Lunatic asylums in Bengal annual reports 1912-1924 - 1912-1924
Year: 1912
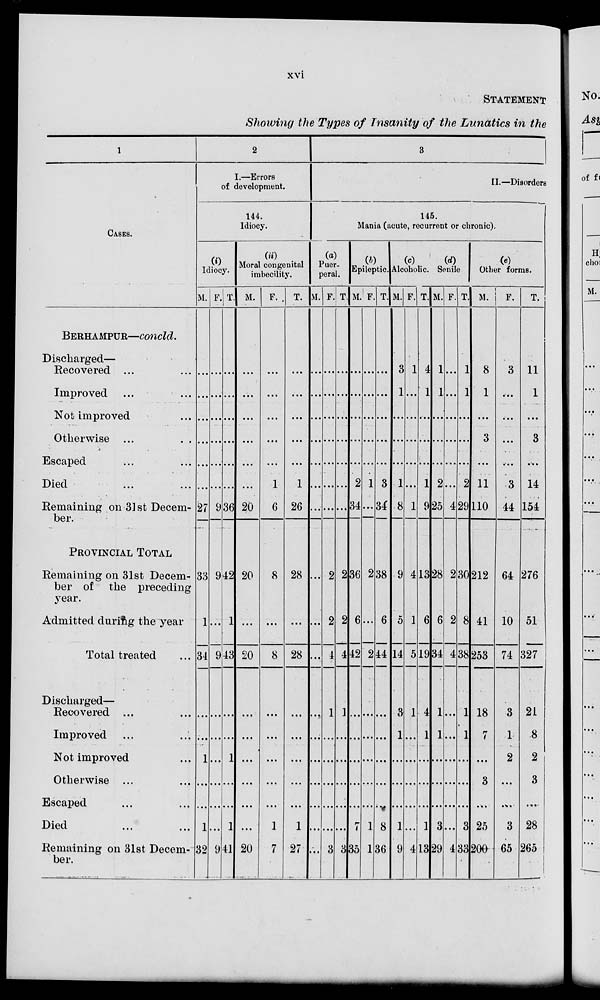
xvi
STATEMENT
Showing the Types of Insanity of the Lunatics in the
1
CASES.
BERHAMPUR—concld.
Discharged—
Recovered ... ...
Improved ... ...
Not improved ...
Otherwise ... ...
Escaped ... ...
Died ... ...
Remaining on 31st Decem-
ber.
PROVINCIAL TOTAL
Remaining on 31st Decem-
ber of the preceding
year.
Admitted during the year
Total treated
Discharged—
Recovered ... ...
Improved ... ...
Not improved ...
Otherwise ... ...
Escaped ... ...
Died ... ...
Remaining on 31st Decem-
ber.
2
I.—Errors
of development.
144.
Idiocy.
(i)
Idiocy.
M.
...
...
...
...
...
...
27
33
1
34
...
...
1
...
...
1
32
F.
...
...
...
...
...
...
9
9
...
9
...
...
...
...
...
...
9
T.
...
...
...
...
...
...
36
42
1
43
...
...
1
...
...
1
41
(ii)
Moral congenital
imbecility.
M.
...
...
...
...
...
...
20
20
...
20
...
...
...
...
...
...
20
F.
...
...
...
...
...
1
6
8
...
8
...
...
...
...
...
1
7
T.
...
...
...
...
...
1
26
28
...
28
...
...
...
...
...
1
27
3
II.—Disorders
145.
Mania (acute, recurrent or chronic).
(a)
Puer-
peral.
M.
...
...
...
...
...
...
...
...
...
...
...
...
...
...
...
...
...
F.
...
...
...
...
...
...
...
2
2
4
1
...
...
...
...
...
3
T.
...
...
...
...
...
...
...
2
2
4
1
...
...
...
...
...
3
(b)
Epileptic.
M.
...
...
...
...
...
2
34
36
6
42
...
...
...
...
...
7
35
F.
...
...
...
...
...
1
...
2
...
2
...
...
...
...
...
1
1
T.
...
...
...
...
...
3
34
38
6
44
...
...
...
...
...
8
36
(c)
Alcoholic.
M.
3
1
...
...
...
1
8
9
5
14
3
1
...
...
...
1
9
F.
1
...
...
...
...
...
1
4
1
5
1
...
...
...
...
...
4
T.
4
1
...
...
...
1
9
13
6
19
4
1
...
...
...
1
13
(d)
Senile.
M.
1
1
...
...
...
2
25
28
6
34
1
1
...
...
...
3
29
F.
...
...
...
...
...
...
4
2
2
4
...
...
...
...
...
...
4
T.
1
1
...
...
...
2
29
30
8
38
1
1
...
...
...
3
33
(e)
Other forms.
M.
8
1
...
3
...
11
110
212
41
253
18
7
...
3
...
25
200
F.
3
...
...
...
...
3
44
64
10
74
3
1
2
...
...
3
65
T.
11
1
...
3
...
14
154
276
51
327
21
8
2
3
...
28
265